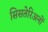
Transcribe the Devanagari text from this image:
सिसतेरिअनों